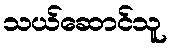
သယ်ဆောင်သူ